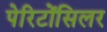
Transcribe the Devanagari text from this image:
पेरिटोंसिलर